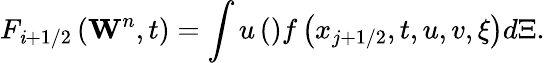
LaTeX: {{F}_{\mathit{i}+1/2}}\left({{\mathbf{{W}}}^{n}},t\right)=\int{u\left(\begin{array}{rl}\end{array}\right)f\left({{x}_{j+1/2}},t,u,v,\xi\right)d\Xi.}